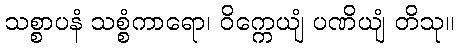
သစ္စာပနံ သစ္စံကာရော၊ ဝိက္ကေယျံ ပဏိယျံ တိသု။